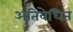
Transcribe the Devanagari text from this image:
अतिवेधित